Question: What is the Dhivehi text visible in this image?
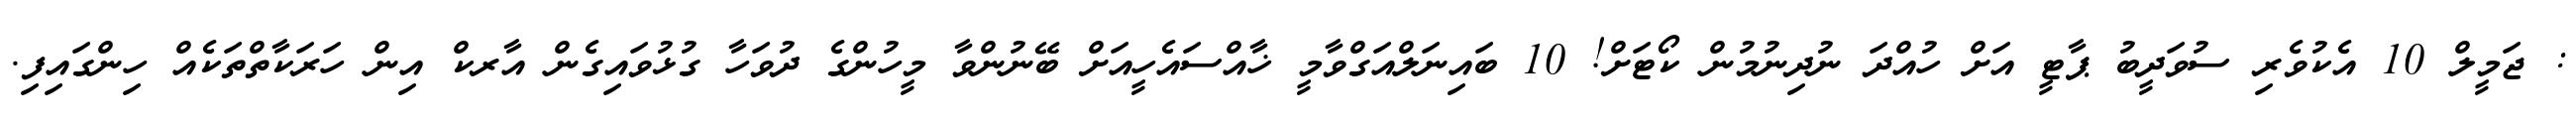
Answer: : ޖަމީލް 10 އެކުވެރި ސުވަދީބު ޕާޓީ އަށް ހުއްދަ ނުދިނުމުން ކޯޓަށް! 10 ބައިނަލްއަގްވާމީ ޚާއްސައެހީއަށް ބޭނުންވާ މީހުންގެ ދުވަހާ ގުޅުވައިގެން އާރކް އިން ހަރަކާތްތަކެއް ހިންގައިފި.